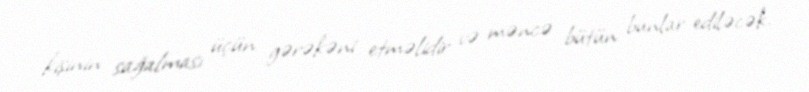
kişinin sağalması üçün gərəkəni etməlidir və məncə bütün bunlar ediləcək.